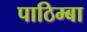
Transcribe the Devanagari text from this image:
पाठिम्बा